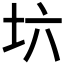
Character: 𡉽